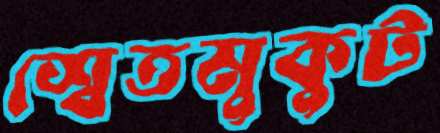
শ্বেতমুকুট